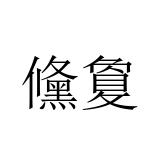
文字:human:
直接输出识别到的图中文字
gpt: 儵敻